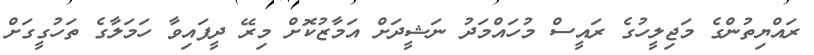
ރައްޔިތުންގެ މަޖިލީހުގެ ރައީސް މުހައްމަދު ނަޝީދަށް އަމާޒުކޮށް މިރޭ ދީފައިވާ ހަމަލާގެ ތަހުގީގަށް